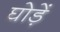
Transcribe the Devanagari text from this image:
घोड़ें